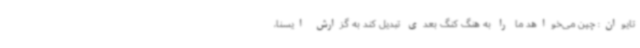
تایوان: چین می‌خواهد ما را به هنگ کنگ بعدی تبدیل کند به گزارش ایسنا،